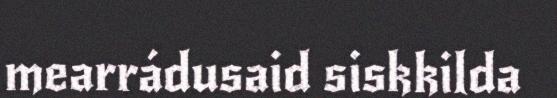
mearrádusaid siskkilda